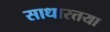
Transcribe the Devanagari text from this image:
साधारतया